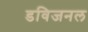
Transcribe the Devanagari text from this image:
डविजनल